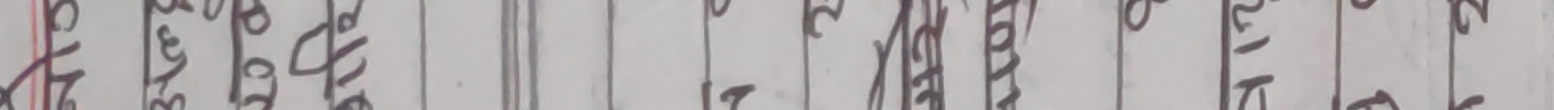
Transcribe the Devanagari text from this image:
३/४ बाहिर